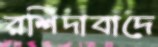
রশিদাবাদে